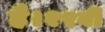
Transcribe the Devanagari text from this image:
है।१९वीं